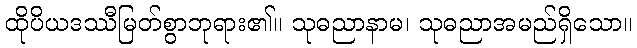
ထိုပိယဒဿီမြတ်စွာဘုရား၏။ သုဓညာနာမ၊ သုဓညာအမည်ရှိသော။